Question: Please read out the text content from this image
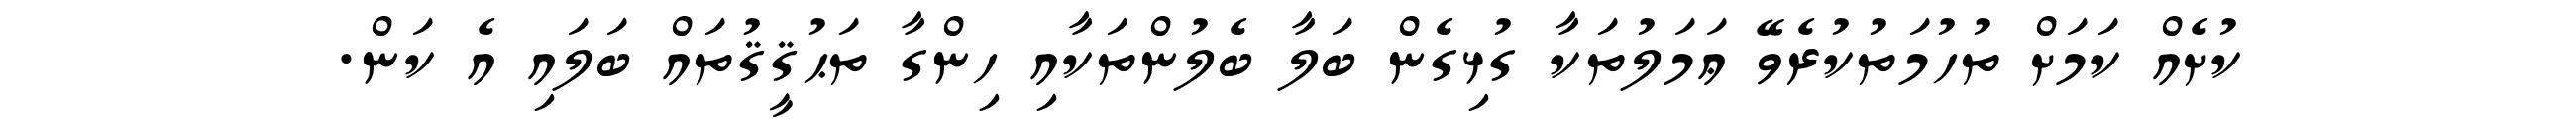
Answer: ކުށެއް ކަމަށް ތުހުމަތުކުރެވޭ ޢަމަލުތަކާ ގުޅިގެން ބަލާ ބެލުންތަކާއި ހިންގާ ތަޙުޤީޤުތައް ބަލައި އެ ކަން.